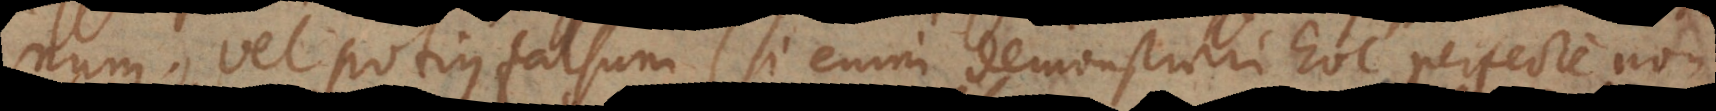
num, vel potius falsum (si enim demonstrari hoc perfecte non